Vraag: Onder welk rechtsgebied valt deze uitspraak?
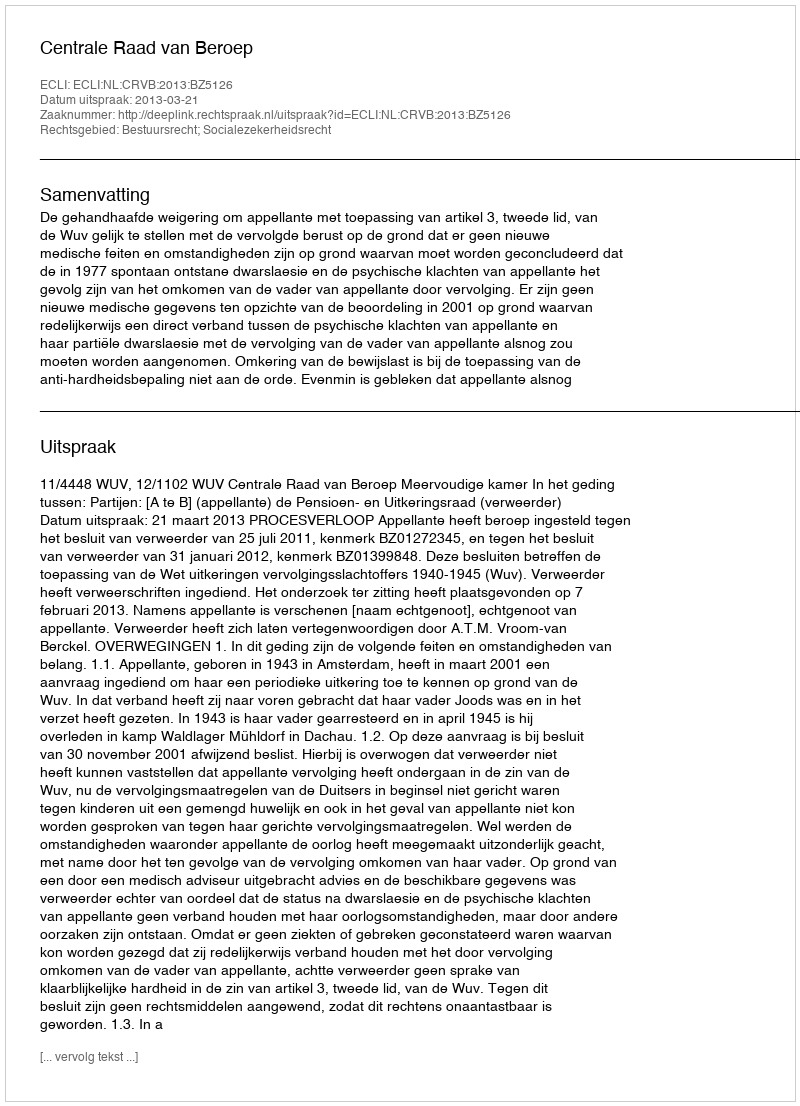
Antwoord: Bestuursrecht; Socialezekerheidsrecht